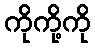
ကိုကို့ကို